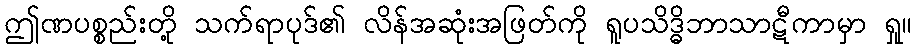
ဤဏပစ္စည်းတို့ သက်ရာပုဒ်၏ လိန်အဆုံးအဖြတ်ကို ရူပသိဒ္ဓိဘာသာဋီကာမှာ ရှု။